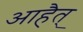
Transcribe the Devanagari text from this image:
आहैत्